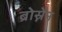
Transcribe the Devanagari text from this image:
ब्रोस्नेन